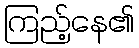
ကြည့်နေ၏